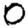
Digit: 0